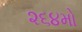
૨૬૪મો